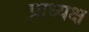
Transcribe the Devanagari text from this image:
प्राध्यक्ष